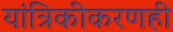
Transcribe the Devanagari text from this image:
यांत्रिकीकरणही